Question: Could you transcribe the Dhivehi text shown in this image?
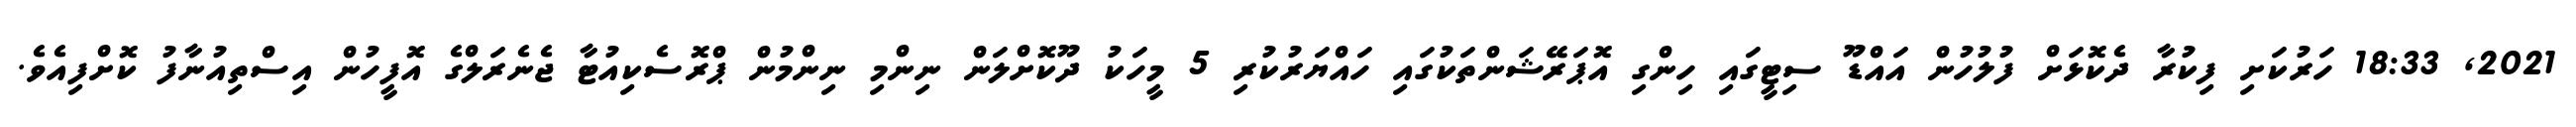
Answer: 2021, 18:33 ހަރުކަށި ފިކުރާ ދެކޮޅަށް ފުލުހުން އައްޑޫ ސިޓީގައި ހިންގި އޮޕަރޭޝަންތަކުގައި ހައްޔަރުކުރި 5 މީހަކު ދޫކޮށްލަން ނިންމި ނިންމުން ޕްރޮސެކިއުޓާ ޖެނެރަލްގެ އޮފީހުން އިސްތިއުނާފު ކޮށްފިއެވެ.